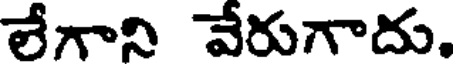
లేగాని వేరుగాదు.